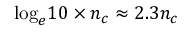
{ { \log } _ { e } } 1 0 \times { { n } _ { c } } \approx 2 . 3 { { n } _ { c } }